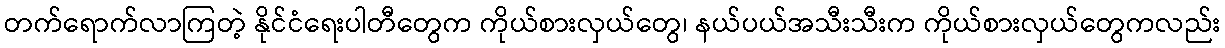
တက်ရောက်လာကြတဲ့ နိုင်ငံရေးပါတီတွေက ကိုယ်စားလှယ်တွေ၊ နယ်ပယ်အသီးသီးက ကိုယ်စားလှယ်တွေကလည်း